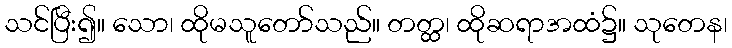
သင်ပြီး၍။ သော၊ ထိုမသူတော်သည်။ တတ္ထ၊ ထိုဆရာအထံ၌။ သုတေန၊